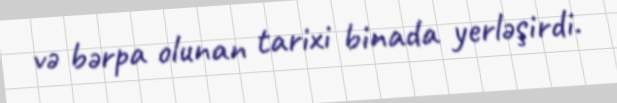
və bərpa olunan tarixi binada yerləşirdi.